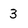
Character: 3